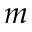
{ m }